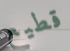
قطيع